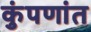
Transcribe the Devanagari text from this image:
कुंपणांत